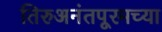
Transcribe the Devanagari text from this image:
तिरुअनंतपूरमच्या